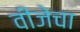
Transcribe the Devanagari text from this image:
वीजेचा